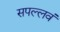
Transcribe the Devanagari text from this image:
सपल्लवं